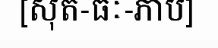
[សុត-ធៈ-ភាប]